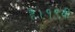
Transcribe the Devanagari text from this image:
है।१९वीं